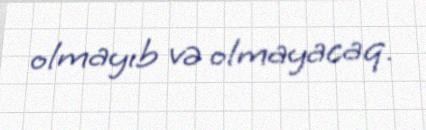
olmayıb və olmayacaq.